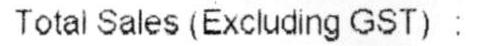
TOTAL SALES(EXCLUDING GST):